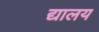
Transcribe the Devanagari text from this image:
द्यालय